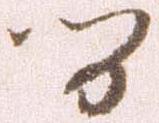
間